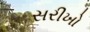
સરીખો